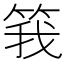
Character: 𬕆